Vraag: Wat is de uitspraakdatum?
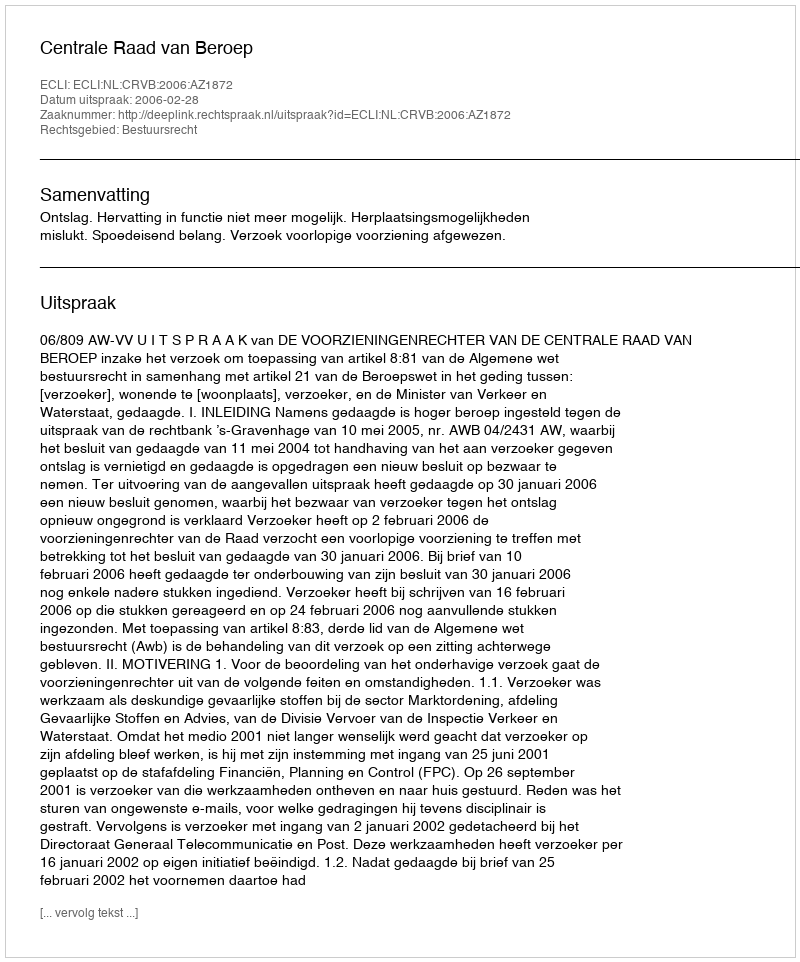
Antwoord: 2006-02-28